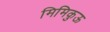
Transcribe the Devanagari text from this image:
मिमिकुऊ